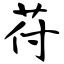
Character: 苻